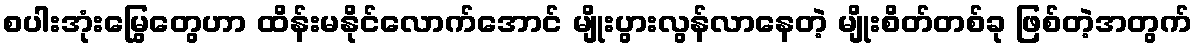
စပါးအုံးမြွေတွေဟာ ထိန်းမနိုင်လောက်အောင် မျိုးပွားလွန်လာနေတဲ့ မျိုးစိတ်တစ်ခု ဖြစ်တဲ့အတွက်